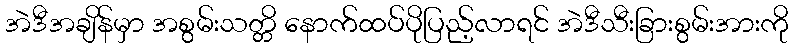
အဲဒီအချိန်မှာ အစွမ်းသတ္တိ နောက်ထပ်ပိုပြည့်လာရင် အဲဒီသီးခြားစွမ်းအားကို